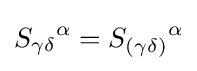
{S_{\gamma \delta }}^{\alpha }={S_{(\gamma \delta )}}^{\alpha }